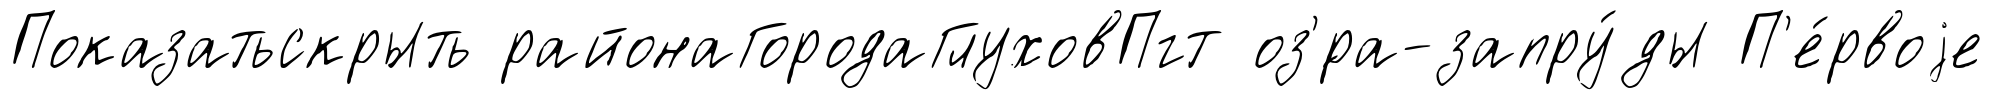
Показатьскрыть районаГородаГлуховПгт оз'́ра-запру́ды П'е́рвоjе